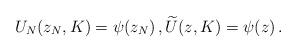
LaTeX: \begin{align*} U_N(z_N,K) = \psi(z_N)\,, \widetilde{U}(z,K) = \psi(z)\,. \end{align*}